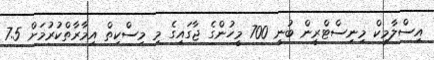
އިސްލާމިކް މިނިސްޓްރީން ބުނީ 700 މީހުންގެ ޖާގައިގެ މި މިސްކިތް އިމާރާތްކުރުމަށް 7.5